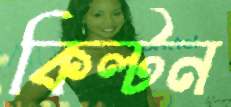
কিল্টন